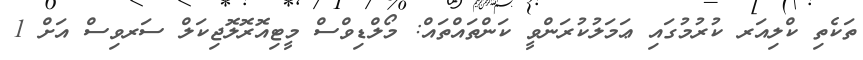
ތަކެތި ކްލިއަރ ކުރުމުގައި ޢަމަލުކުރަންވީ ކަންތައްތައް: މޯލްޑިވްސް މީޓިއޮރޮލޮޖިކަލް ސަރވިސް އަށް 1